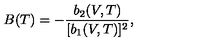
B ( T ) = - { \frac { b _ { 2 } ( V , T ) } { [ b _ { 1 } ( V , T ) ] ^ { 2 } } } ,